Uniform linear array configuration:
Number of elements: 16
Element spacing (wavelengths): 0.75
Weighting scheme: hamming
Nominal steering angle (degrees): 15
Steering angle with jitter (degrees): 16.687
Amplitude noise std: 0.05
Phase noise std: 0.05

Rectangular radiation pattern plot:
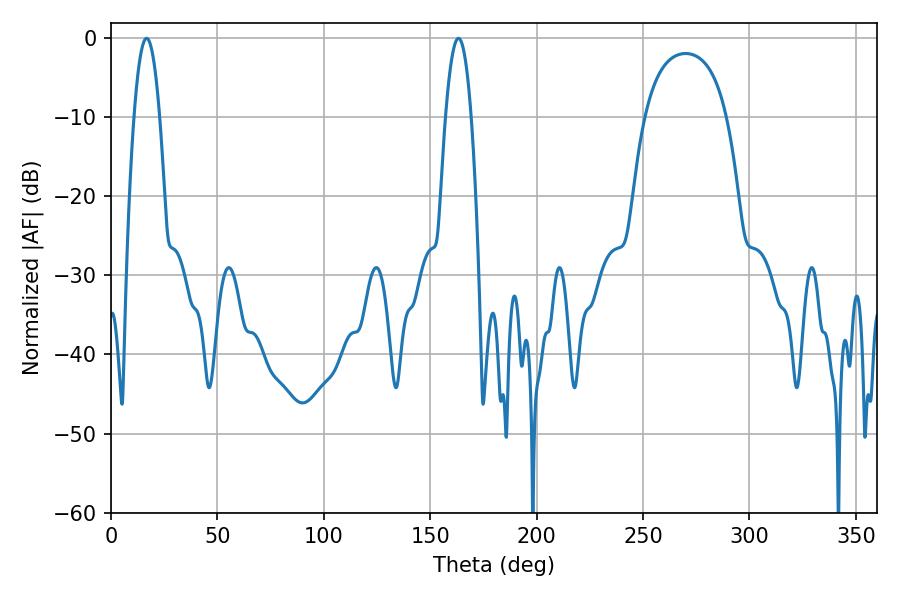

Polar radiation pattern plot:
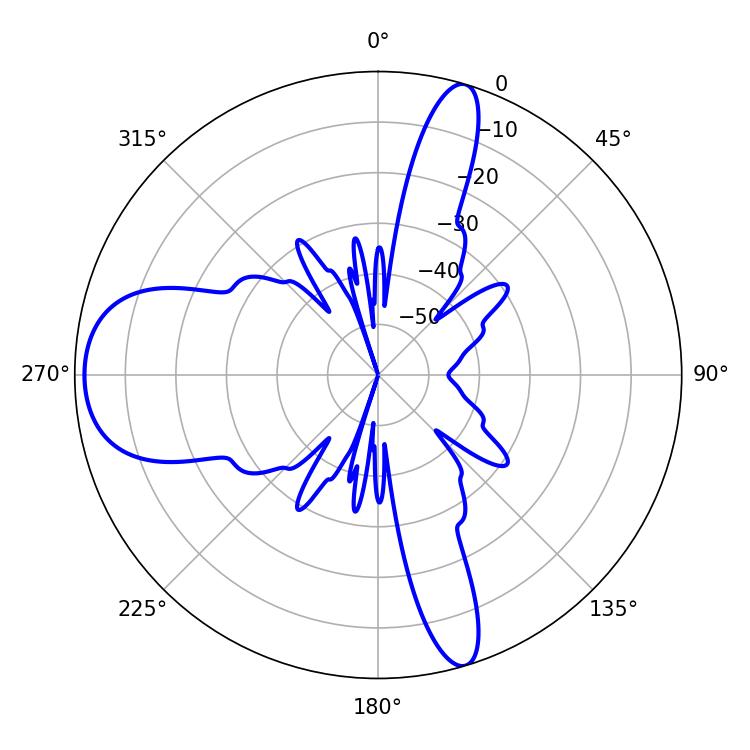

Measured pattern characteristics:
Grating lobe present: TRUE
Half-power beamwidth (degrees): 6.48
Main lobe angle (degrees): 16.74